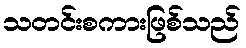
သတင်းစကားဖြစ်သည်